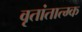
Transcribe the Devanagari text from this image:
वृतांतात्‍म्क